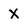
Character: X